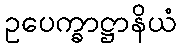
ဥပေက္ခာဋ္ဌာနိယံ